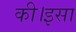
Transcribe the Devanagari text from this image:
की।इसा